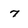
Character: 7